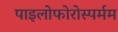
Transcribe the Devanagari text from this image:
पाइलोफोरोस्पर्मम